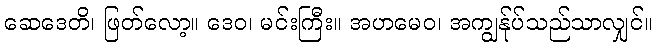
ဆေဒေတိ၊ ဖြတ်လော့။ ဒေဝ၊ မင်းကြီး။ အဟမေဝ၊ အကျွန်ုပ်သည်သာလျှင်။